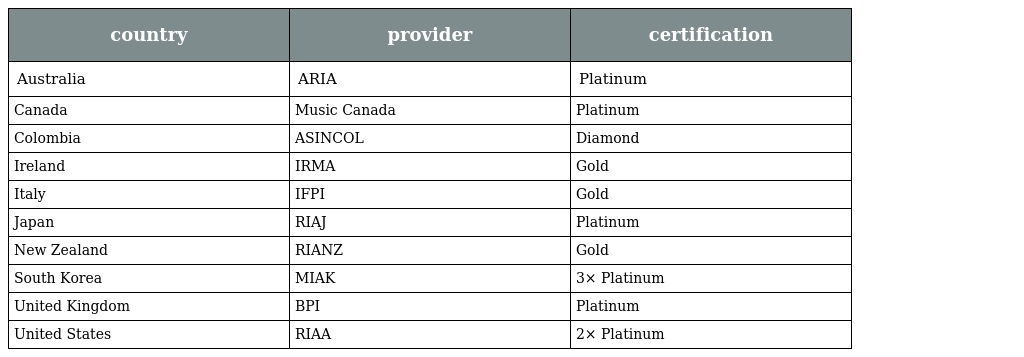
| country | provider | certification |
 | --- | --- | --- |
 | Australia | ARIA | Platinum |
 | Canada | Music Canada | Platinum |
 | Colombia | ASINCOL | Diamond |
 | Ireland | IRMA | Gold |
 | Italy | IFPI | Gold |
 | Japan | RIAJ | Platinum |
 | New Zealand | RIANZ | Gold |
 | South Korea | MIAK | 3× Platinum |
 | United Kingdom | BPI | Platinum |
 | United States | RIAA | 2× Platinum |